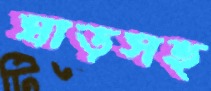
ঘাড়সহ